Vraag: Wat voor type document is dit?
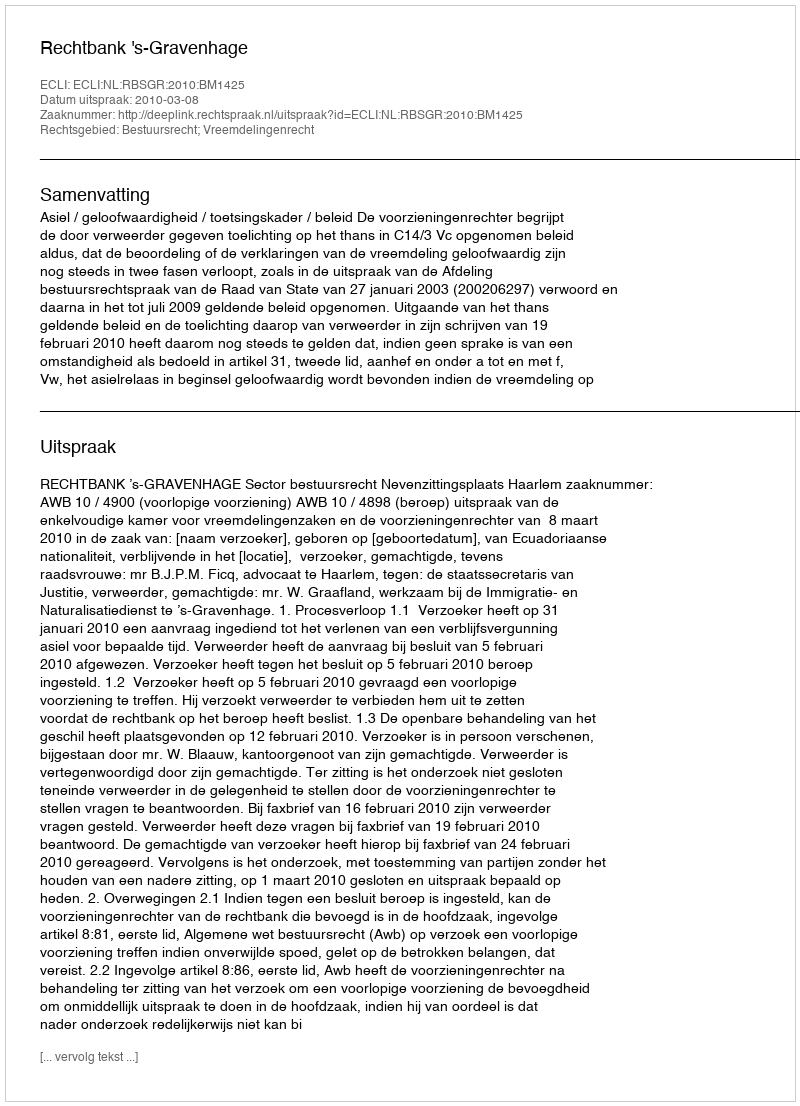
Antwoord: Uitspraak